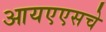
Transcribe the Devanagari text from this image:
आयएएसचे